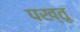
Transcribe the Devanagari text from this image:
पख्तू